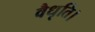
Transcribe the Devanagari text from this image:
वैधृति।